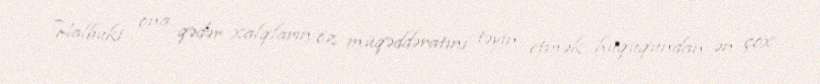
Halbuki ona qədər xalqların öz müqəddəratını təyin etmək hüququndan ən çox